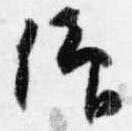
仰